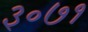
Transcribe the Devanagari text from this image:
३०७१